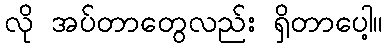
လို အပ်တာတွေလည်း ရှိတာပေါ့။